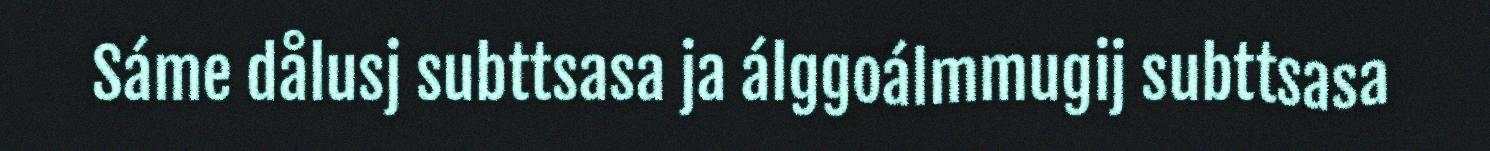
Sáme dålusj subttsasa ja álggoálmmugij subttsasa